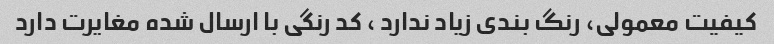
کیفیت معمولی، رنگ بندی زیاد ندارد ، کد رنگی با ارسال شده مغایرت دارد